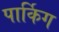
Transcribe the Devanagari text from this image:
पार्किग